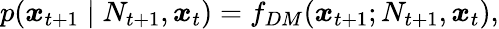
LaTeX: p(\boldsymbol x_{t+1}\mid N_{t+1},\boldsymbol x_{t})=f_{DM}(\boldsymbol x_{t+1};N_{t+1},\boldsymbol x_{t}),